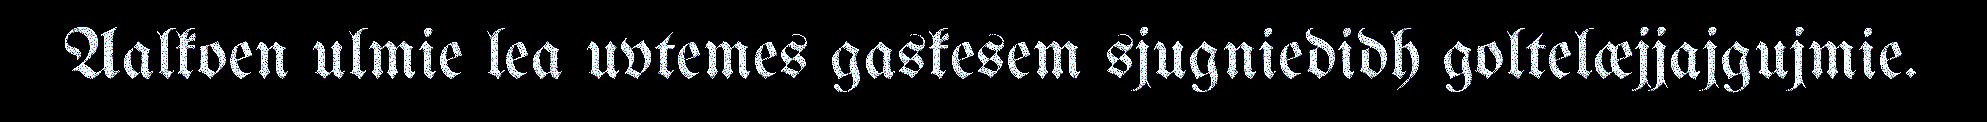
Aalkoen ulmie lea uvtemes gaskesem sjugniedidh goltelæjjajgujmie.